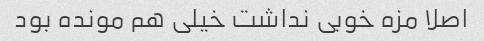
اصلا مزه خوبی نداشت خیلی هم مونده بود